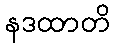
နဒထာတိ